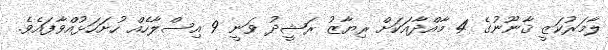
ލާމަރުކަޒީ ޤާނޫނުގެ 4 މާއްދާއަކަށް ރިޔާޒު ރަޝީދު ވަނީ 9 އިސްލާހެއް ހުށަހަޅުއްވާފައެވެ.